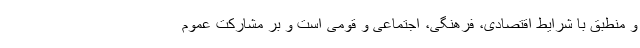
و منطبق با شرایط اقتصادی، فرهنگی، اجتماعی و قومی است و بر مشارکت عموم